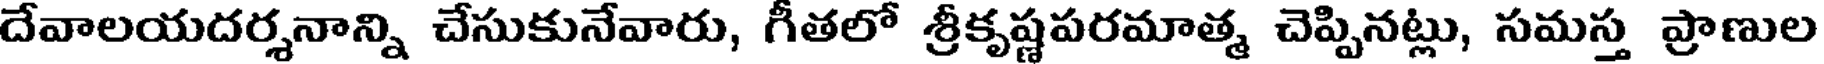
దేవాలయదర్శనాన్ని చేసుకునేవారు, గీతలో శ్రీకృష్ణపరమాత్మ చెప్పినట్లు, సమస్త ప్రాణుల